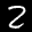
Label: 2